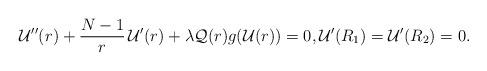
LaTeX: \begin{align*}{\mathcal{U}}''(r) + \dfrac{N-1}{r} \, {\mathcal{U}}'(r) + \lambda {\mathcal{Q}}(r) g({\mathcal{U}}(r)) = 0,{\mathcal{U}}'(R_{1}) = {\mathcal{U}}'(R_{2}) = 0.\end{align*}